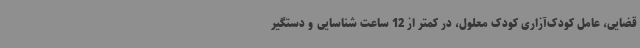
قضایی، عامل کودک‌آزاری کودک معلول، در کمتر از 12 ساعت شناسایی و دستگیر